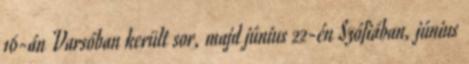
16-án Varsóban került sor, majd június 22-én Szófiában, június